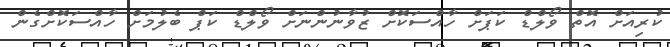
ކުރިއަށް އޮތް ވޯލްޑް ކަޕަށް ހާއްސަކޮށް ޒުވާނުންނަށް ވޯލްޑް ކަޕް ބެލުމަށް ހާއްސަކޮށްގެން